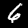
Digit: 6